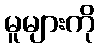
မူများကို